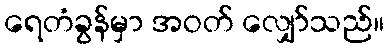
ရေတံခွန်မှာ အဝတ် လျှော်သည်။